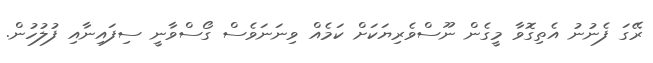
ރޭގަ ފެނުނު އެތިގޮވާ މީގެން ނޫސްވެރިޔަކަށް ކަމެއް ވިނަނަވެސް ގޯސްވާނީ ސިފައިނާއި ފުލުހުން.